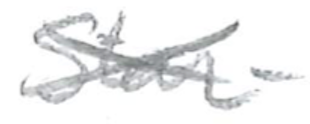
Text: Star-
Cross-out: cross
Writing tool: pencil